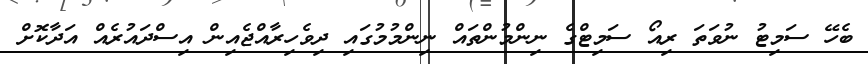
ބެހޭ ސަމިޓު ނުވަތަ ރިއޯ ސަމިޓްގެ ނިންމުންތައް ނިންމުމުގައި ދިވެހިރާއްޖެއިން އިސްދައުރެއް އަދާކޮށް